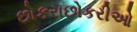
છોકરાછોકરીઓ